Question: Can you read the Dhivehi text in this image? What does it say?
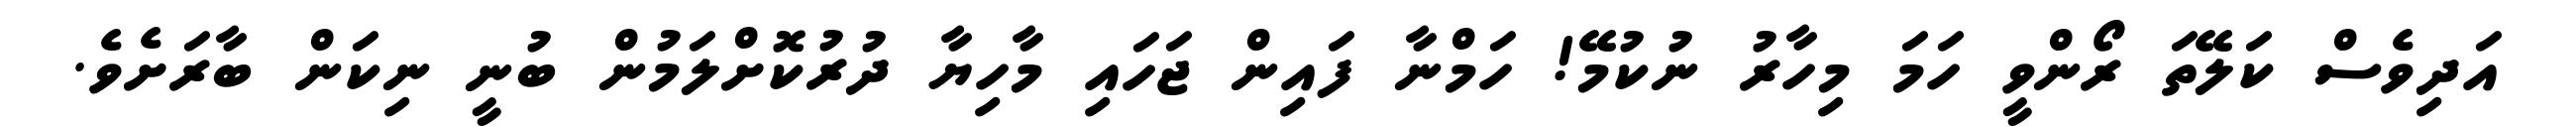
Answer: އަދިވެސް ކަލޭތަ ރޯންވީ ހަމަ މިހާރު ނުކުމޭ! ހަމްނާ ފައިން ޖަހައި މާހިޔާ ދުރުކޮށްލަމުން ބުނީ ނިކަން ބާރަށެވެ.